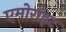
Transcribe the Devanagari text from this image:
एमोराइट